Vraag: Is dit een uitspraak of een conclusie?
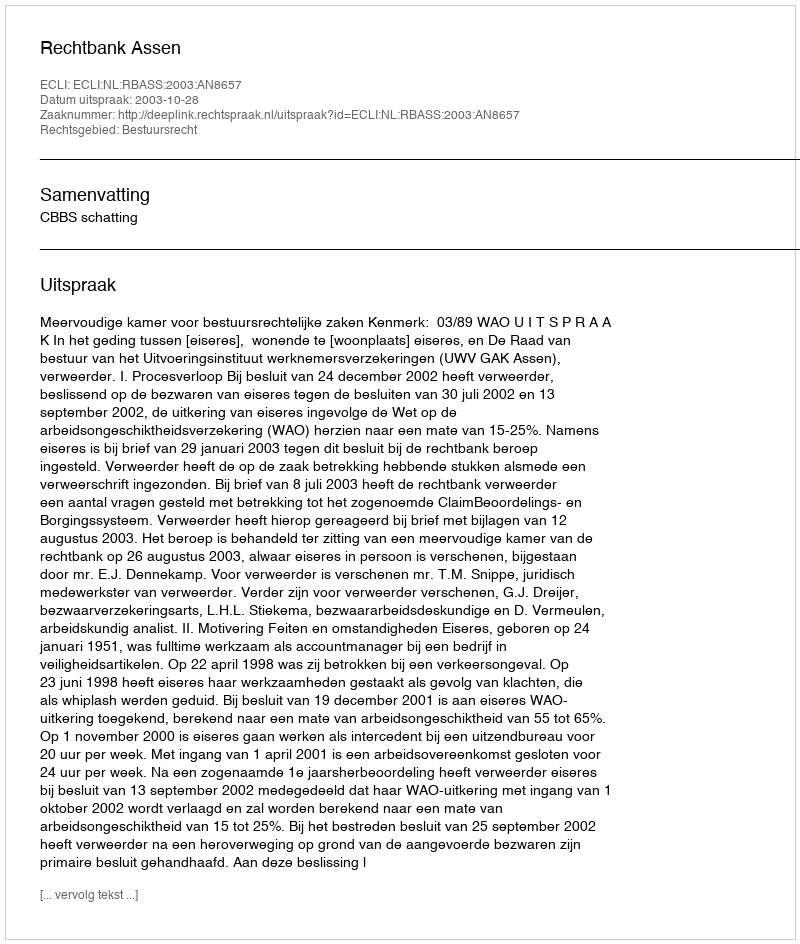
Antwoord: Uitspraak